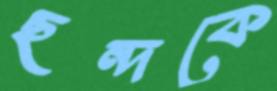
ছন্দকে